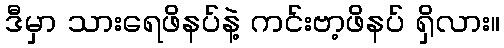
ဒီမှာ သားရေဖိနပ်နဲ့ ကင်းဗာ့ဖိနပ် ရှိလား။